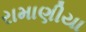
રામાણીયા